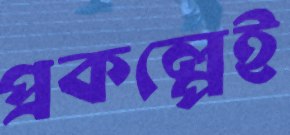
প্রকল্পেই